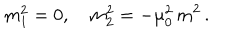
m _ { 1 } ^ { 2 } = 0 , \quad m _ { 2 } ^ { 2 } = - \mu _ { 0 } ^ { 2 } \, m ^ { 2 } \, { . }